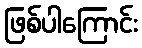
ဖြစ်ပါကြောင်း